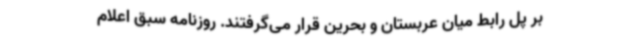
بر پل رابط میان عربستان و بحرین قرار می‌گرفتند. روزنامه سبق اعلام